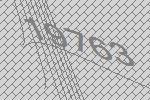
19763